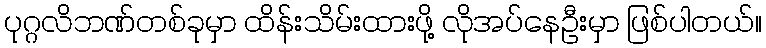
ပုဂ္ဂလိဘဏ်တစ်ခုမှာ ထိန်းသိမ်းထားဖို့ လိုအပ်နေဦးမှာ ဖြစ်ပါတယ်။